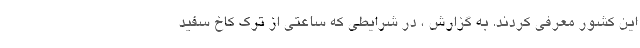
این کشور معرفی کردند. به گزارش ، در شرایطی که ساعتی از ترک کاخ سفید